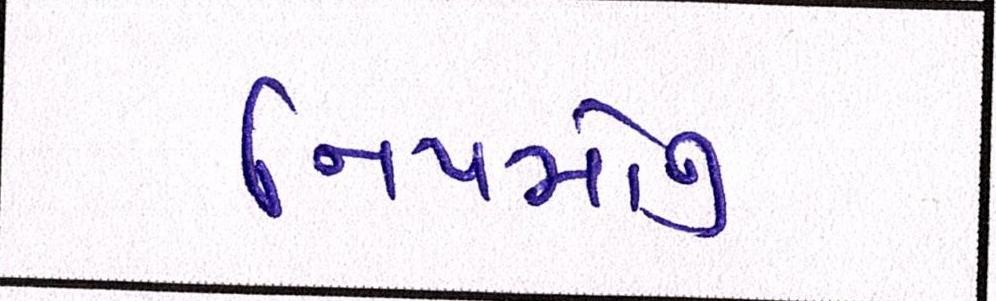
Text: નિયમોનું